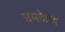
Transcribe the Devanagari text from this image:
चमकेलं